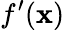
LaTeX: f^{\prime}(\mathbf{x})